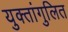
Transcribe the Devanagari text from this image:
युक्तांगुलित